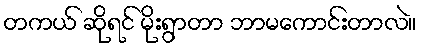
တကယ် ဆိုရင် မိုးရွာတာ ဘာမကောင်းတာလဲ။